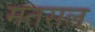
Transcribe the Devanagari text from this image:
मतसल